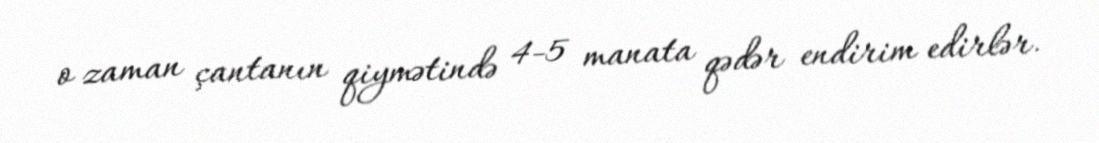
o zaman çantanın qiymətində 4-5 manata qədər endirim edirlər.